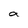
Character: a